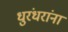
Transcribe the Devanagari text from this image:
धुरंधरांना